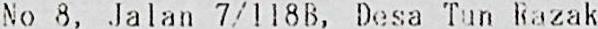
NO 8, JALAN 7/118B, DESA TUN RAZAK